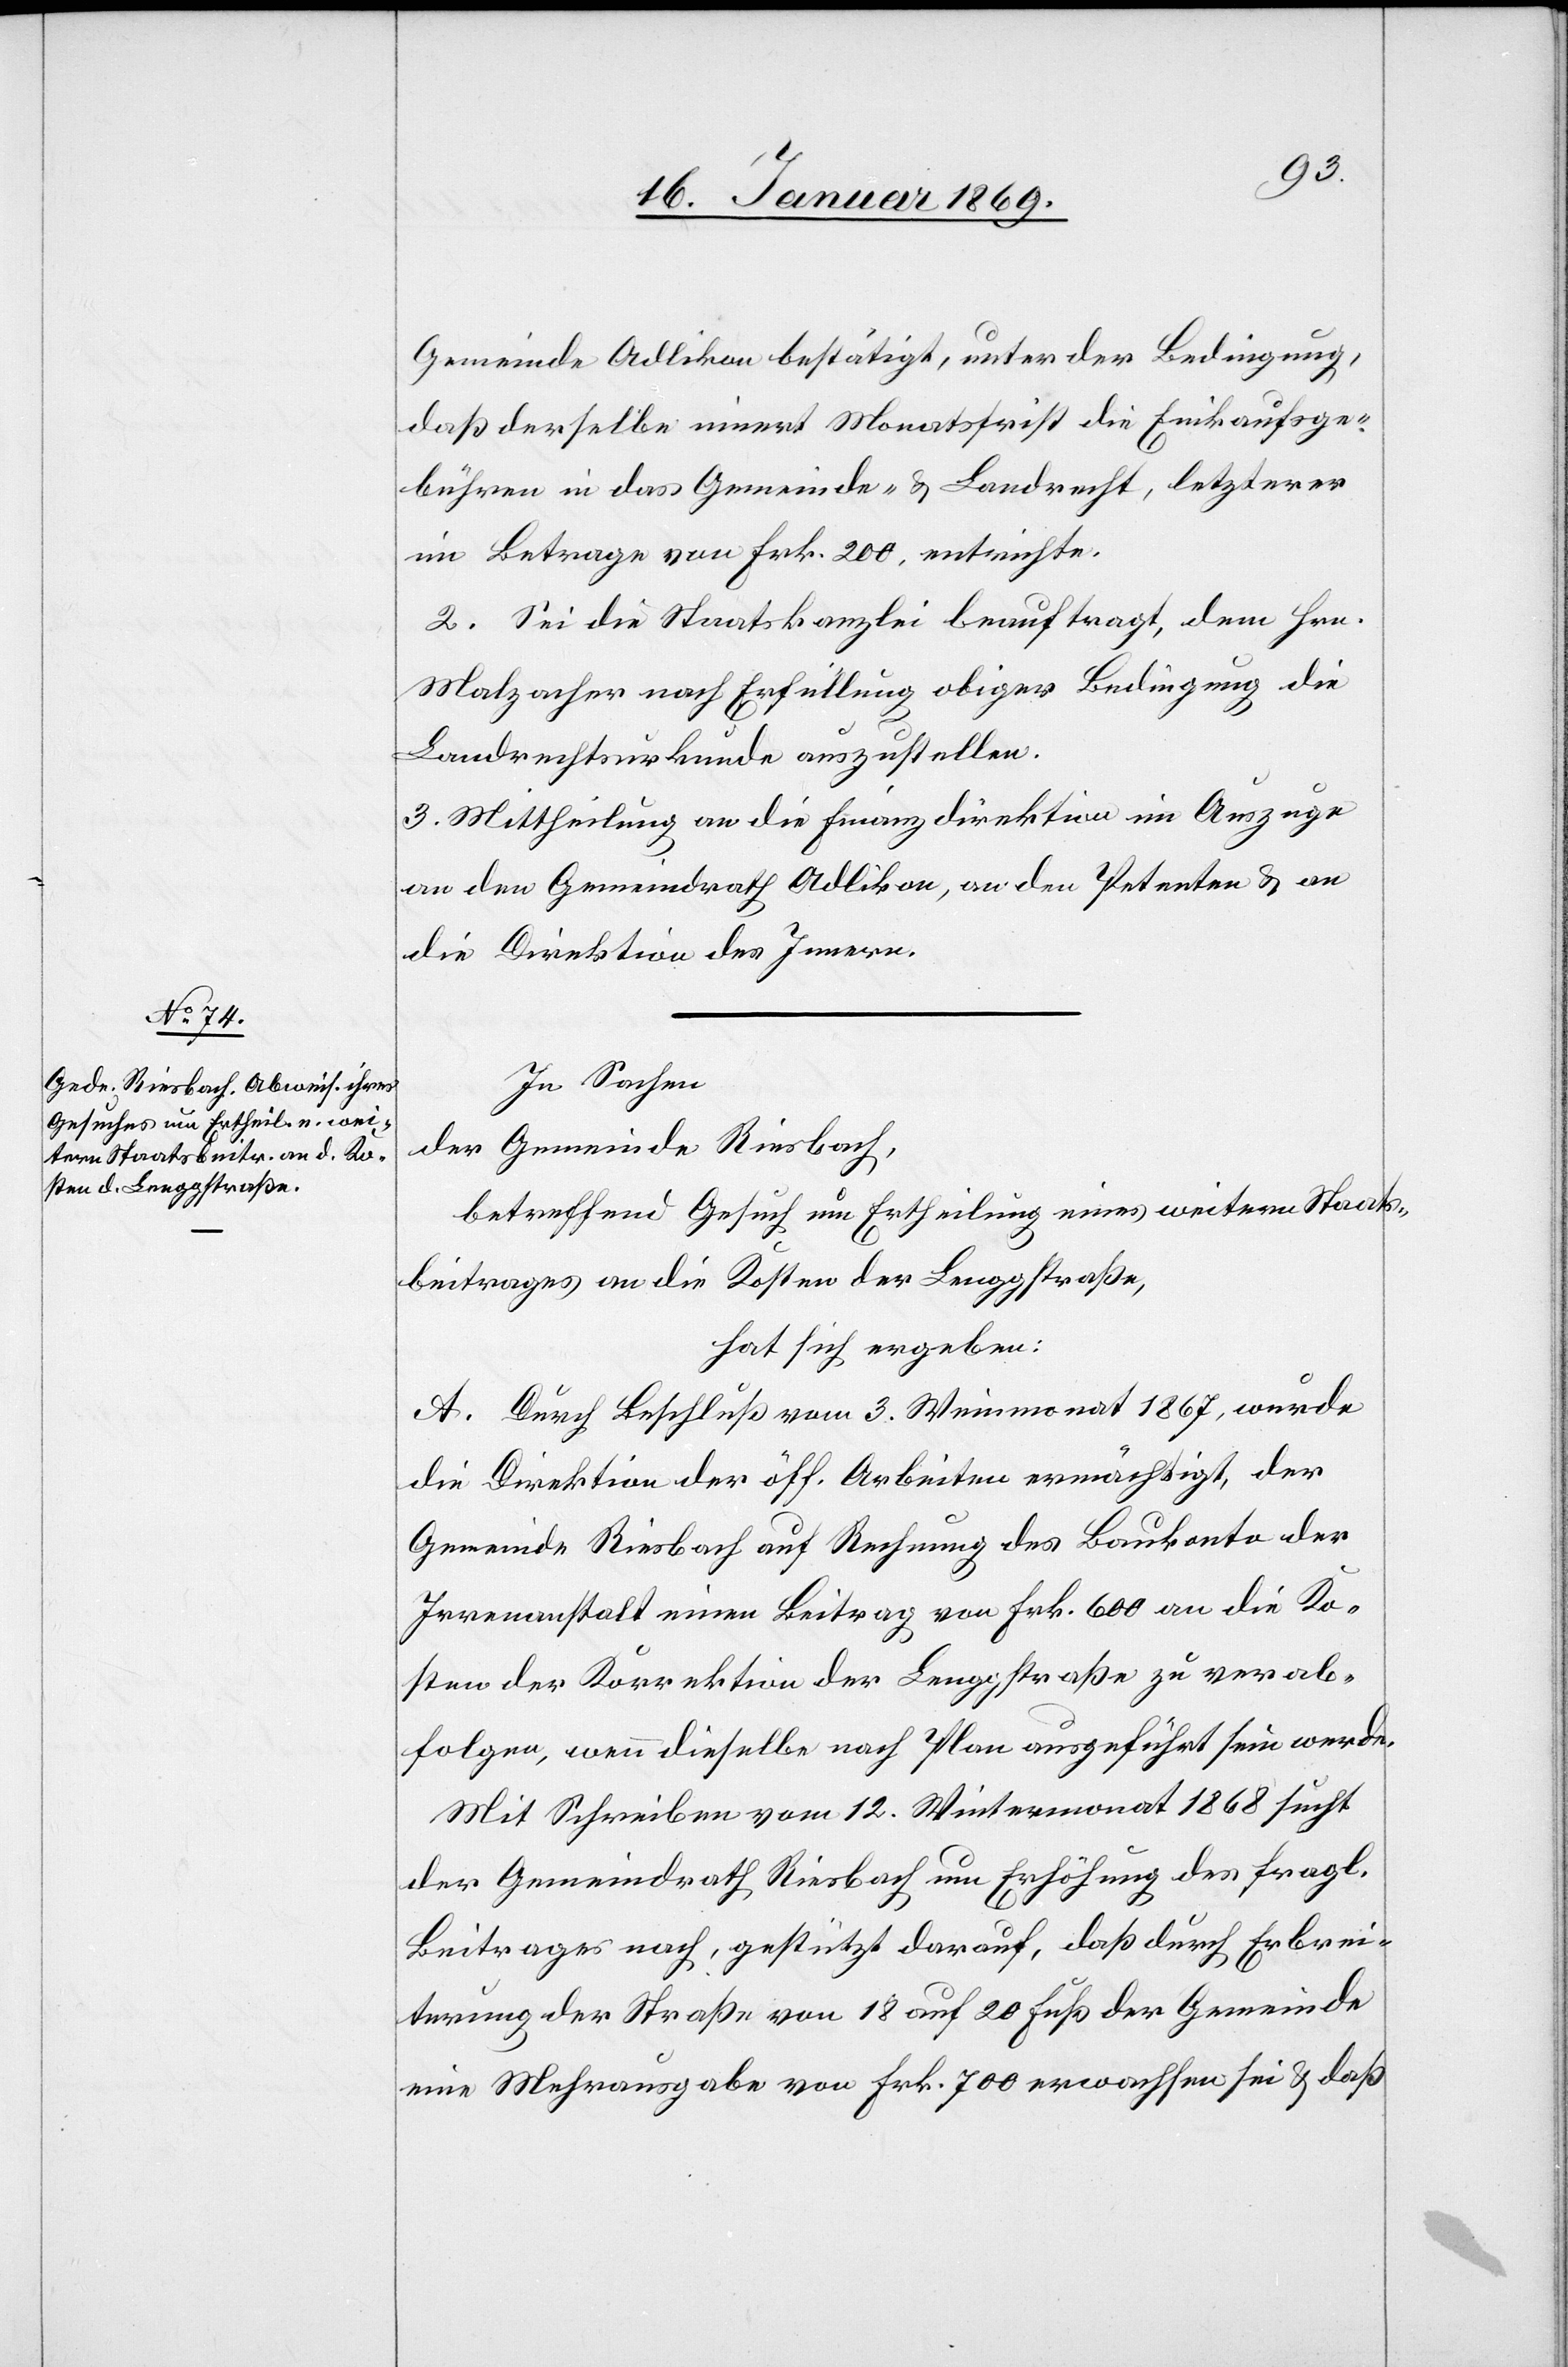
Gemeinde Adlikon bestätigt, unter der Bedingung,
daß derselbe innert Monatsfrist die Einkaufsge¬
bühren in das Gemeinde- u. Landrecht, letzterer
im Betrage von Frk. 200, entrichte.
2. Sei die Staatskanzlei beauftragt, dem Hrn.
Malzacher nach Ertheilung obiger Bedingung, die
Landrechtsurkunde auszustellen.
3. Mittheilung an die Finanzdirektion im Auszuge
an den Gemeindrath Adlikon, an den Petenten u. an
die Direktion der Finanzen.
In Sachen
der Gemeinde Riesbach,
betreffend Gesuch um Ertheilung eines weitern Staats¬
beitrages an die Kosten der Lenggstraße,
hat sich ergeben:
A. Durch Beschluß vom 3. Weinmonat 1867, wurde
die Direktion der öff. Arbeiten ermächtigt, der
Gemeinde Riesbach auf Rechnung des Baukonto der
Irrenanstalt einen Beitrag von Frk. 600 an die Ko¬
sten der Korrektion der Lenggstraße zu verab¬
folgen, wenn dieselbe nach Plan ausgeführt sein werde.
Mit Schreiben vom 12. Wintermonat 1868 sucht
der Gemeindrath Riesbach um Erhöhung des fragl.
Beitrages nach, gestützt darauf, daß durch Erbrei¬
terung der Straße von 18 auf 20 Fuß der Gemeinde
eine Mehrausgabe von Frk. 700 erwachsen sei u. daß